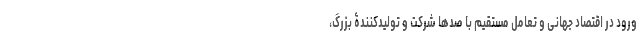
ورود در اقتصاد جهانی و تعامل مستقیم با صدها شرکت و تولیدکنندۀ بزرگ،